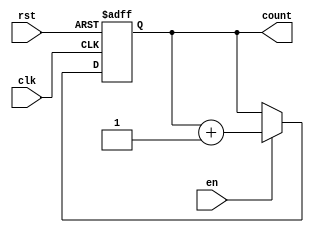
module UpCounterWithEnable #(
    parameter WIDTH = 4  // Parameter to set the width of the counter (default 4 bits)
)(
    input wire clk,      // Clock input
    input wire en,       // Enable input
    input wire rst,      // Asynchronous reset input
    output reg [WIDTH-1:0] count // Count output
);

// Asynchronous reset and counting logic
always @(posedge clk or posedge rst) begin
    if (rst) begin
        count <= 0;  // Reset the counter to 0
    end else if (en) begin
        count <= count + 1;  // Increment the counter if enable is high
    end
    // If 'en' is low, the counter retains its current value
end

endmodule